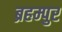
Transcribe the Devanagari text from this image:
ब्रहम्पुर